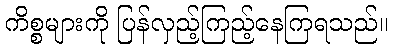
ကိစ္စများကို ပြန်လှည့်ကြည့်နေကြရသည်။